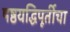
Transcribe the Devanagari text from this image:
षष्ठयद्धिपूर्तीचा